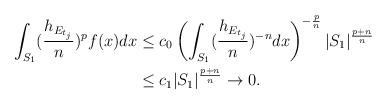
LaTeX: \begin{align*}\int_{S_{1}}(\frac{h_{E_{t_{j}}}}{n})^{p}f(x)dx &\leq c_{0}\left( \int_{S_{1}}(\frac{h_{E_{t_{j}}}}{n})^{-n} dx \right)^{-\frac{p}{n}}|S_{1}|^{\frac{p+n}{n}}\\&\leq c_{1}|S_{1}|^{\frac{p+n}{n}}\rightarrow 0.\end{align*}